Annual vaccination report of Bihar and Orissa - 1911-1928
Year: 1911
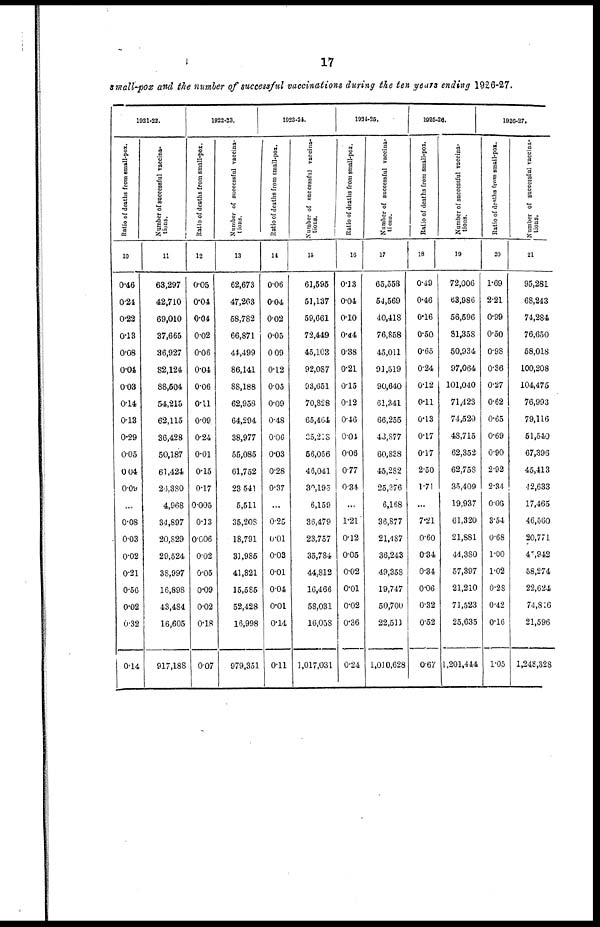
17
small-pox and the number of successful vaccinations during the ten years ending 1926-27.
1921-22.
Ratio of deaths from small-pox.
10
0.46
0.24
0.22
0.13
0.08
0.04
0.03
0.14
0.13
0.29
0.05
0.04
0.09
...
0.08
0.03
0.02
0.21
0.56
0.02
0.32
0.14
Number of successful vaccina-
tions.
11
63,297
42,710
69,010
37,665
36,927
82,124
88,504
54,215
62,115
36,428
50,187
61,424
26,380
4,968
34,897
20,829
29,524
38,997
16,898
43,484
16,605
917,188
1922-23.
Ratio of deaths from small-pox.
12
0.05
0.04
0.04
0.02
0.06
0.04
0.06
0.11
0.09
0.24
0.01
0.15
0.17
0.005
0.13
0.606
0.02
0.05
0.09
0.02
0.18
0.07
Number of successful vaccina-
tions.
13
62,673
47,263
58,782
66,871
44.499
86,141
88,188
62,958
64,294
38,977
55,085
61,752
23,541
5,511
35,208
18,791
31,985
41,821
15,585
52,428
16,998
979,351
1923-24.
Ratio of deaths from small-pox.
14
0.06
0.04
0.02
0.05
0.09
0.12
0.05
0.09
0.48
0.06
0.03
0.28
0.37
...
025
0.01
0.03
0.01
0.04
0.01
0.14
0.11
Number of successful vaccina¬
tions.
15
61,595
51,137
59,661
72,449
45,103
92,087
93,651
70,828
65,464
35,218
56,056
46,041
30,195
6,159
36,479
23,757
35,784
44,812
16,466
58,031
16,058
1,017,031
1924-25.
Ratio of deaths from small-pox.
16
0.13
0.04
0.10
0.44
0.38
0.21
0.15
0.12
0.46
0.04
0.06
0.77
0.34
...
1.21
0.12
0.05
0.02
0.01
0.02
0.36
0.24
Number of successful vaccina-
tions.
17
65,553
54,569
40,418
76,858
45,011
91,519
90,640
61,341
66,255
43,877
60,838
45,282
25,376
6,168
36,877
21,487
36,243
49,358
19,747
50,700
22,511
1,010,628
1925-26.
Ratio of deaths from small-pox.
18
0.49
0.46
0.16
0.50
0.65
0.24
0.12
0.11
0.13
0.17
0.17
2.50
1.71
...
7.21
0.60
0.34
0.34
0.06
0.32
0.52
0.67
Number of successful vaccina-
tions.
19
72,006
63,986
56,596
81,358
50,934
97,064
101,040
71,423
74,520
48,715
62,352
62,758
35,409
19,937
61,320
21,881
44,380
57,397
21,210
71,523
25,635
1,201,444
1926-27.
Ratio of deaths from small-pox.
20
1.69
2.21
0.99
0.50
0.98
0.36
0.27
0.62
0.65
0.69
0.90
2.92
2.34
0.06
3.54
0.68
1.00
1.02
0.28
0.42
0.16
1.05
Number of successful vaccina-
tions.
21
95,281
68,243
74,284
76,650
58,018
100,208
104,475
76,993
79,116
51,540
67,396
45,413
42,633
17,465
46,560
20,771
46,942
58,274
22,624
74,816
21,596
1,248,328